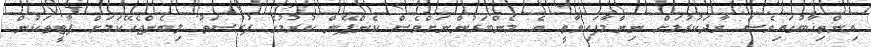
އިންތިޚާބުގައިވެސް ވާދަކުރުމަށް ނިންމާފައިވާތީ އެ މެންބަރުންނަށްވެސް ކެންޕޭން ކުރުމުގެ ފުރުސަތު ލިބެންޖެހޭކަމަށް ޕާޓީތަކުން